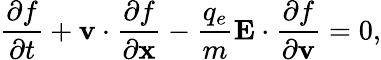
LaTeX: \frac{\partial f}{\partial t}+\mathbf{v}\cdot\frac{\partial f}{\partial\mathbf{x}}-\frac{q_{e}}{m}\mathbf{E}\cdot\frac{\partial f}{\partial\mathbf{v}}=0,